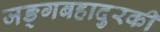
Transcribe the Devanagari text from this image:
जङ्गबहादुरकी